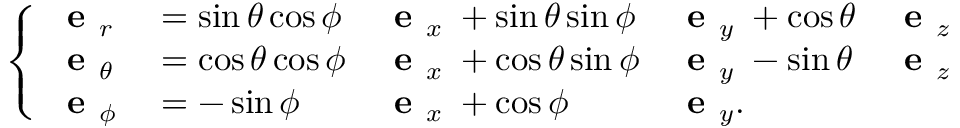
\left\{ \begin{array} { l l l l l } { \textbf { e } _ { r } \; } & { = \sin \theta \cos \phi } & { \textbf { e } _ { x } \; + \sin \theta \sin \phi } & { \textbf { e } _ { y } \; + \cos \theta } & { \textbf { e } _ { z } } \\ { \textbf { e } _ { \theta } \; } & { = \cos \theta \cos \phi } & { \textbf { e } _ { x } \; + \cos \theta \sin \phi } & { \textbf { e } _ { y } \; - \sin \theta } & { \textbf { e } _ { z } } \\ { \textbf { e } _ { \phi } \; } & { = - \sin \phi } & { \textbf { e } _ { x } \; + \cos \phi } & { \textbf { e } _ { y } . } & \end{array} \right.